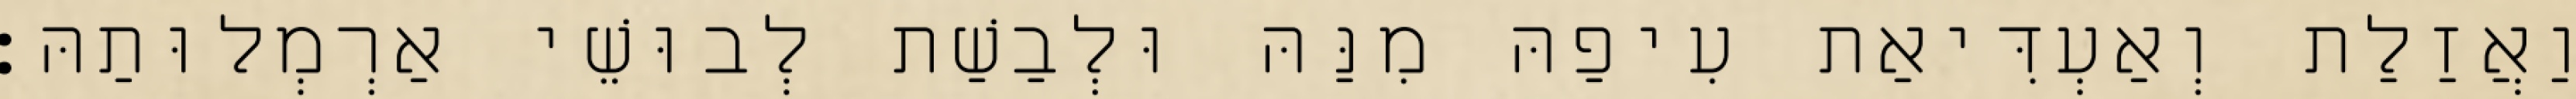
וַאֲזַלַת וְאַעְדִּיאַת עִיפַהּ מִנַּהּ וּלְבַשַׁת לְבוּשֵׁי אַרְמְלוּתַהּ׃